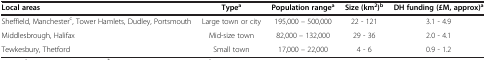
<table><thead><tr><td><b>Local areas</b></td><td><b>Type<sup>a</sup></b></td><td><b>Population range<sup>a</sup></b></td><td><b>Size (km<sup>2</sup>)<sup>b</sup></b></td><td><b>DH funding (£M, approx)<sup>a</sup></b></td></tr></thead><tbody><tr><td>Sheffield, Manchester<sup>c</sup>, Tower Hamlets, Dudley, Portsmouth</td><td>Large town or city</td><td>195,000 – 500,000</td><td>22 - 121</td><td>3.1 - 4.9</td></tr><tr><td>Middlesbrough, Halifax</td><td>Mid-size town</td><td>82,000 – 132,000</td><td>29 - 36</td><td>2.0 - 4.1</td></tr><tr><td>Tewkesbury, Thetford</td><td>Small town</td><td>17,000 – 22,000</td><td>4 - 6</td><td>0.9 - 1.2</td></tr></tbody></table>